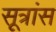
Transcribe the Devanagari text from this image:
सूत्रांस